Bulletin of the Pasteur Institute of Southern India, Coonoor - No. 1.
Year: 1908
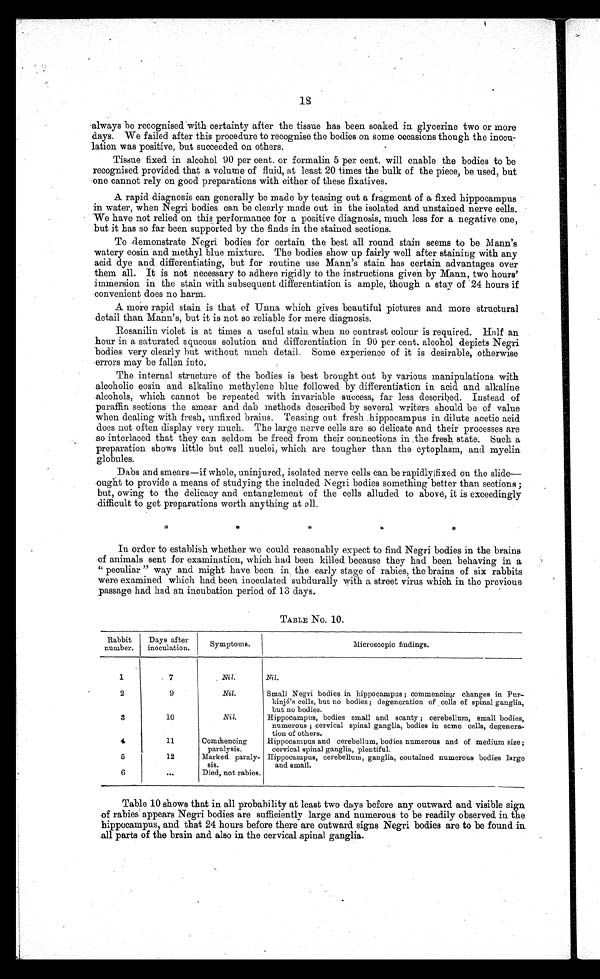
18
always be recognised with certainty after the tissue has been soaked in glycerine two or more
days. We failed after this procedure to recognise the bodies on some occasions though the inocu-
lation was positive, but succeeded on others.
Tissue fixed in alcohol 90 per cent. or formalin 5 per cent. will enable the bodies to be
recognised provided that a volume of fluid, at least 20 times the bulk of the piece, be used, but
one cannot rely on good preparations with either of these fixatives.
A rapid diagnosis can generally be made by teasing out a fragment of a fixed hippocampus
in water, when Negri bodies can be clearly made out in the isolated and unstained nerve cells.
We have not relied on this performance for a positive diagnosis, much less for a negative one,
but it has so far been supported by the finds in the stained sections.
To demonstrate Negri bodies for certain the best all round stain seems to be Mann's
watery eosin and methyl blue mixture. The bodies show up fairly well after staining with any
acid dye and differentiating, but for routine use Mann's stain has certain advantages over
them all. It is not necessary to adhere rigidly to the instructions given by Mann, two hours'
immersion in the stain with subsequent differentiation is ample, though a stay of 24 hours if
convenient does no harm.
A more rapid stain is that of Unna which gives beautiful pictures and more structural
detail than Mann's, but it is not so reliable for mere diagnosis.
Rosanilin violet is at times a useful stain when no contrast colour is required. Half an
hour in a saturated aqueous solution and differentiation in 90 per cent. alcohol depicts Negri
bodies very clearly but without much detail. Some experience of it is desirable, otherwise
errors may be fallen into.
The internal structure of the bodies is best brought out by various manipulations with
alcoholic eosin and alkaline methylene blue followed by differentiation in acid and alkaline
alcohols, which cannot be repeated with invariable success, far less described. Instead of
paraffin sections the smear and dab methods described by several writers should be of value
when dealing with fresh, unfixed brains. Teasing out fresh hippocampus in dilute acetic acid
does not often display very much. The large nerve cells are so delicate and their processes are
so interlaced that they can seldom be freed from their connections in the fresh state. Such a
preparation shows little but cell nuclei, which are tougher than the cytoplasm, and myelin
globules.
Dabs and smears—if whole, uninjured, isolated nerve cells can. be rapidly fixed on the slide
— o u g h t
t o
p r o v i d e a m e a n s o f s t u d y i n g t h e i n c l u d e d N e g r i b o d i e s s o m e t h i n g b e t t e r t h a n s e c t i o n s ;
but, owing to the delicacy and entanglement of the cells alluded to above, it is exceedingly
difficult to get preparations worth anything at all.
In order to establish whether we could reasonably expect to find Negri bodies in the brains
of animals sent for examination, which had been killed because they had been behaving in a
"peculiar" way and might have been in the early stage of rabies, the brains of six rabbits
were examined which had been inoculated subdurally with a street virus which in the previous
passage had had an incubation period of 13 days.
TABLE No. 10.
Rabbit
number. num
Days after
inoculation.
Symptoms.
Microscopic findings.
1
7
Nil.
Nil.
2
9
Nil.
Small Negri bodies in hippocampus; commencing changes in Pur-
kinjé's cells, but no bodies; degeneration of cells of spinal ganglia,
but no bodies.
3
10
Nil.
Hippocampus, bodies small and scanty; cerebellum, small bodies,
numerous; cervical spinal ganglia, bodies in some cells, degenera-
tion of others.
4
11
Commencing
paralysis.
Hippocampus and cerebellum, bodies numerous and of medium size;
cervical spinal ganglia, plentiful.
5
12
Marked paraly-
sis.
Hippocampus, cerebellum, ganglia, contained numerous bodies large
and small.
6
Died, not rabies.
Table 10 shows that in all probability at least two days before any outward and visible sign
of rabies appears Negri bodies are sufficiently large and numerous to be readily observed in the
hippocampus, and that 24 hours before there are outward signs Negri bodies are to be found in
all parts of the brain and. also in the cervical spinal ganglia.